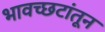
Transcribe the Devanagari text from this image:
भावच्छटांतून